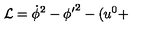
{ \cal L } = \dot { \phi } ^ { 2 } - { \phi ^ { \prime } } ^ { 2 } - ( u ^ { 0 } +